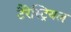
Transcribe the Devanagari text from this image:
टैरेस्ट्रियल